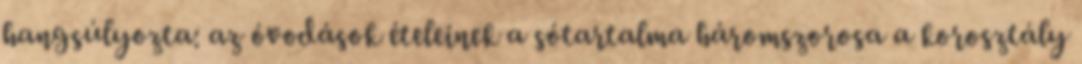
hangsúlyozta: az óvodások ételeinek a sótartalma háromszorosa a korosztály